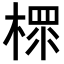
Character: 𣗶